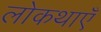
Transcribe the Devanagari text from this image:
लोकथाएँ